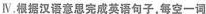
Ⅳ.根据汉语意思完成英语句子，每空一词